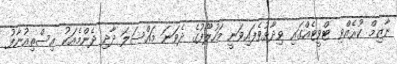
ނާޒިމް ކުރެއްވި ޓްވީޓެއްގައި ވިދާޅުވެފައިވަނީ މަހުލޫފުގެ ދެވަނަ މައްސަލަ ދާދި ދެންމެއަކު އިސްތިއުނާފު